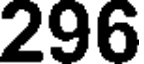
296